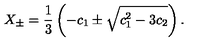
X _ { \pm } = \frac { 1 } { 3 } \left( - c _ { 1 } \pm \sqrt { c _ { 1 } ^ { 2 } - 3 c _ { 2 } } \right) .